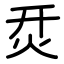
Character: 烎